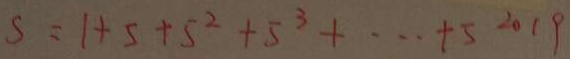
S = 1 + 5 + 5 ^ { 2 } + 5 ^ { 3 } + \cdots + 5 ^ { 2 0 1 9 }